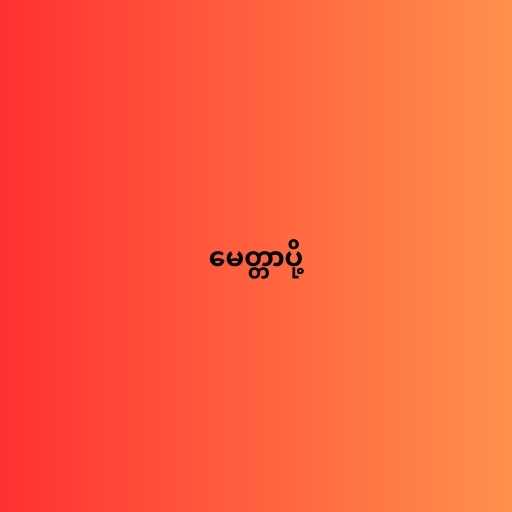
မေတ္တာပို့